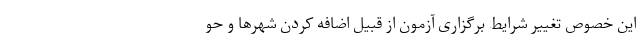
این خصوص تغییر شرایط برگزاری آزمون از قبیل اضافه کردن شهر‌ها و حو